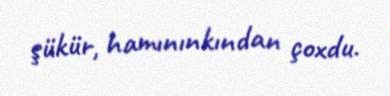
şükür, hamınınkından çoxdu.